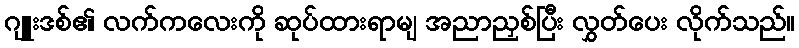
ဂျူးဒစ်၏ လက်ကလေးကို ဆုပ်ထားရာမျ အညာညှစ်ပြီး လွှတ်ပေး လိုက်သည်။